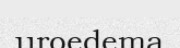
uroedema